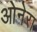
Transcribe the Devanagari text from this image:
ओनेरा